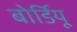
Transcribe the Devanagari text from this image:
बोर्डियू